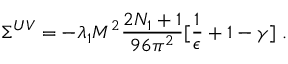
\Sigma ^ { U V } = - \lambda _ { 1 } M ^ { 2 } \frac { 2 N _ { 1 } + 1 } { 9 6 \pi ^ { 2 } } [ \frac { 1 } { \epsilon } + 1 - \gamma ] ~ .